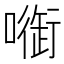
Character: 𠾑